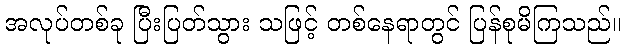
အလုပ်တစ်ခု ပြီးပြတ်သွား သဖြင့် တစ်နေရာတွင် ပြန်စုမိကြသည်။